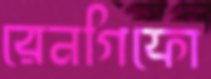
রেনগিফো